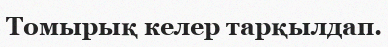
Томырық келер тарқылдап.